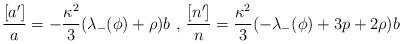
LaTeX: \begin{align*}\frac{[a']}{a} = - \frac{\kappa^2}{3}(\lambda_{-}(\phi)+ \rho) b \hbox{ , } \frac{[n']}{n} = \frac{\kappa^2}{3}(-\lambda_{-}(\phi)+ 3p+2 \rho)b\end{align*}